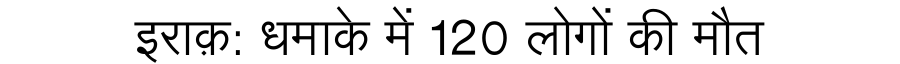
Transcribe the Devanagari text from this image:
इराक़: धमाके में 120 लोगों की मौत